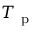
T _ { \mathrm { ~ p ~ } }